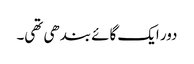
دور ایک گائے بندھی تھی۔